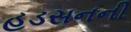
હડસનની